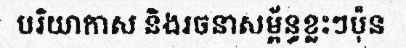
បរិយាកាស និងរចនាសម្ព័ន្ធខ្លះៗប៉ុន